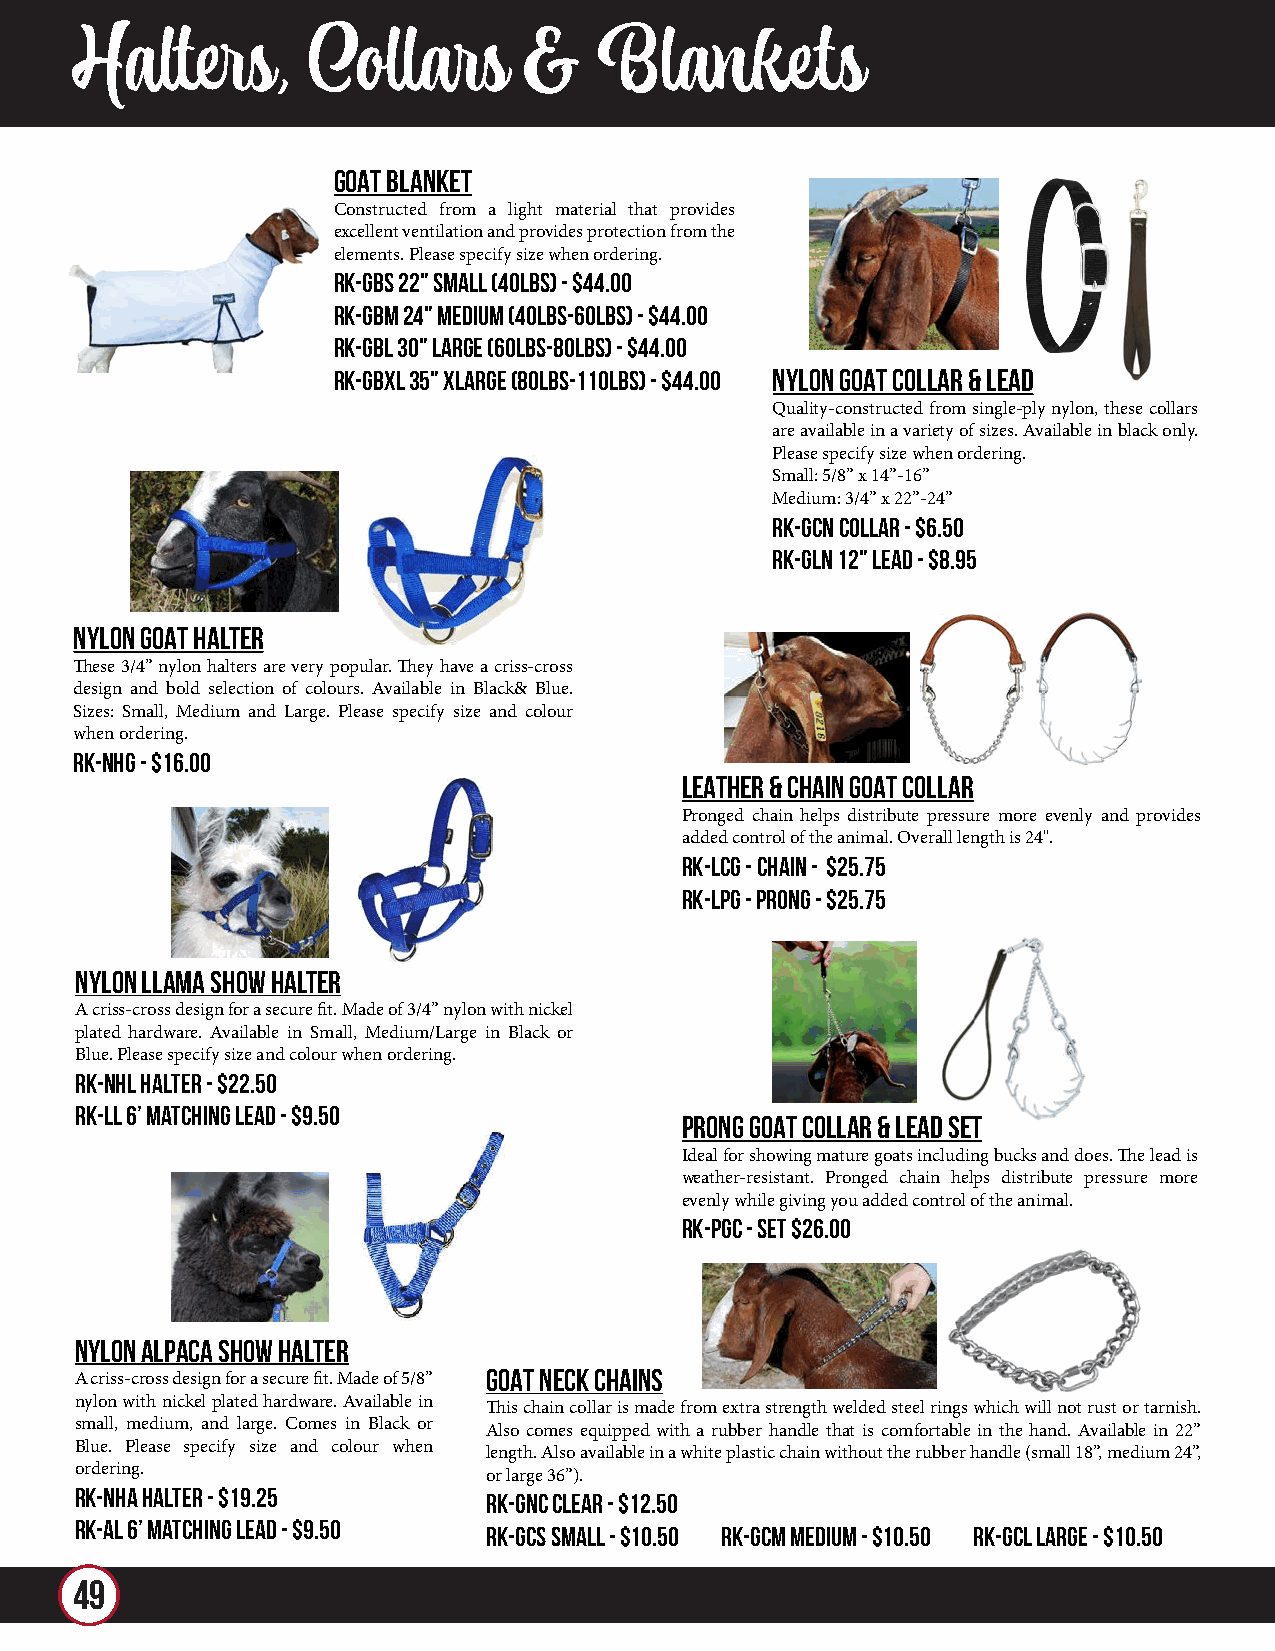
Halters,       Collars        &   Blankets
 GOAT BLANKET
 Constructed from a light material that provides
 excellent ventilation and provides protection from the
 elements. Please specify size when ordering.
 RK-GBS 22" Small (40lbs) - $44.00
 RK-GBM 24" Medium (40lbs-60lbs) - $44.00
 RK-GBL 30" Large (60lbs-80lbs) - $44.00
 RK-GBXL 35" XLarge (80lbs-110lbs) - $44.00 NYLON GOAT COLLAR & LEAD
 Quality-constructed from single-ply nylon, these collars
 are available in a variety of sizes. Available in black only.
 Please specify size when ordering.
 Small: 5/8” x 14”-16”
 Medium: 3/4” x 22”-24”
 RK-GCN Collar - $6.50
 RK-GLN 12" Lead - $8.95
 NYLON GOAT HALTER
 These 3/4” nylon halters are very popular. They have a criss-cross
 design and bold selection of colours. Available in Black& Blue.
 Sizes: Small, Medium and Large. Please specify size and colour
 when ordering.
 RK-NHG - $16.00
 LEATHER & CHAIN GOAT COLLAR
 Pronged chain helps distribute pressure more evenly and provides
 added control of the animal. Overall length is 24".
 RK-LCG - Chain - $25.75
 RK-LPG - Prong - $25.75
 NYLON LLAMA SHOW HALTER
 A criss-cross design for a secure fit. Made of 3/4” nylon with nickel
 plated hardware. Available in Small, Medium/Large in Black or
 Blue. Please specify size and colour when ordering.
 RK-NHL Halter - $22.50
 RK-LL 6’ Matching Lead - $9.50
 PRONG GOAT COLLAR & LEAD SET
 Ideal for showing mature goats including bucks and does. The lead is
 weather-resistant. Pronged chain helps distribute pressure more
 evenly while giving you added control of the animal.
 RK-PGC - Set $26.00
 NYLON ALPACA SHOW HALTER
 GOAT NECK CHAINS
 A criss-cross design for a secure fit. Made of 5/8”
 nylon with nickel plated hardware. Available in
 This chain collar is made from extra strength welded steel rings which will not rust or tarnish.
 small, medium, and large. Comes in Black or
 Also comes equipped with a rubber handle that is comfortable in the hand. Available in 22”
 Blue. Please specify size and colour when
 length. Also available in a white plastic chain without the rubber handle (small 18”, medium 24”,
 ordering.
 or large 36”).
 RK-NHA Halter - $19.25
 RK-GNC Clear - $12.50
 RK-AL 6’ Matching Lead - $9.50
 RK-GCS SMALL - $10.50 RK-GCM MEDIUM - $10.50 RK-GCL LARGE - $10.50
 49